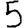
Digit: 5